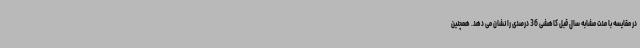
در مقایسه با مدت مشابه سال قبل کاهشی 36 درصدی را نشان می دهد. همچنین